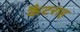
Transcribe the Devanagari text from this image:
कैटराह